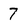
Character: 7